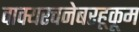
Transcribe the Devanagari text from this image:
वाक्यरचनेबरहूकूम